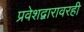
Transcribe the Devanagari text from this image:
प्रवेशद्वारावरही